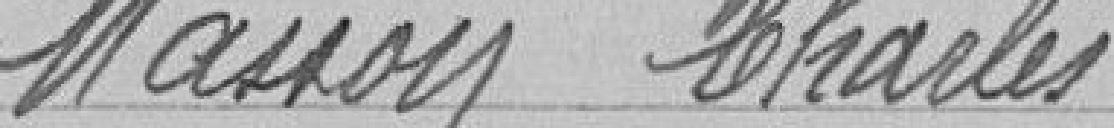
MASSOY Charles